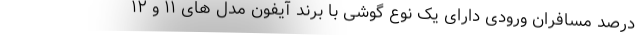
درصد مسافران ورودی دارای یک نوع گوشی با برند آیفون مدل های ۱۱ و ۱۲